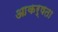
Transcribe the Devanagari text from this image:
आकर्षता